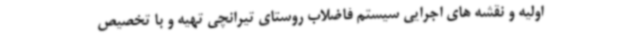
اولیه و نقشه‌ های اجرایی سیستم فاضلاب روستای تیرانچی تهیه و با تخصیص